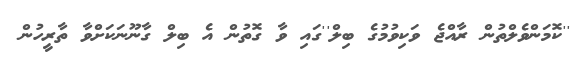
''ކޮމަންވެލްތުން ރާއްޖެ ވަކިވުމުގެ ބިލް''ގައި ވާ ގޮތުން އެ ބިލް ގާނޫނަކަށްވާ ތާރީހުން